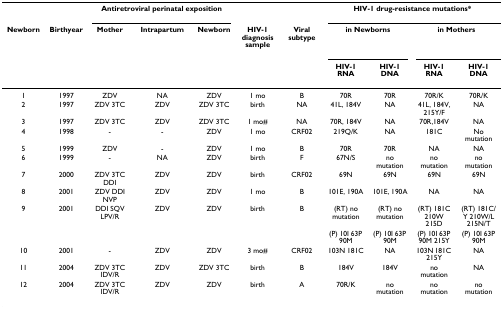
<table><thead><tr><td></td><td></td><td colspan="3"><b>Antiretroviral perinatal exposition</b></td><td></td><td></td><td colspan="4"><b>HIV-1 drug-resistance mutations*</b></td></tr><tr><td><b>Newborn</b></td><td><b>Birthyear</b></td><td><b>Mother</b></td><td><b>Intrapartum</b></td><td><b>Newborn</b></td><td><b>HIV-1 diagnosis sample</b></td><td><b>Viral subtype</b></td><td colspan="2"><b>in Newborns</b></td><td colspan="2"><b>in Mothers</b></td></tr><tr><td></td><td></td><td></td><td></td><td></td><td></td><td></td><td><b>HIV-1 RNA</b></td><td><b>HIV-1 DNA</b></td><td><b>HIV-1 RNA</b></td><td><b>HIV-1 DNA</b></td></tr></thead><tbody><tr><td>1</td><td>1997</td><td>ZDV</td><td>NA</td><td>ZDV</td><td>1 mo</td><td>B</td><td>70R</td><td>70R</td><td>70R/K</td><td>70R/K</td></tr><tr><td>2</td><td>1997</td><td>ZDV 3TC</td><td>ZDV</td><td>ZDV 3TC</td><td>birth</td><td>NA</td><td>41L, 184V</td><td>NA</td><td>41L, 184V, 215Y/F</td><td>NA</td></tr><tr><td>3</td><td>1997</td><td>ZDV 3TC</td><td>ZDV</td><td>ZDV 3TC</td><td>1 mo#</td><td>NA</td><td>70R, 184V</td><td>NA</td><td>70R,184V</td><td>NA</td></tr><tr><td>4</td><td>1998</td><td>-</td><td>-</td><td>ZDV</td><td>1 mo</td><td>CRF02</td><td>219Q/K</td><td>NA</td><td>181C</td><td>No mutation</td></tr><tr><td>5</td><td>1999</td><td>ZDV</td><td>-</td><td>ZDV</td><td>1 mo</td><td>B</td><td>70R</td><td>70R</td><td>NA</td><td>NA</td></tr><tr><td>6</td><td>1999</td><td>-</td><td>NA</td><td>ZDV</td><td>birth</td><td>F</td><td>67N/S</td><td>no mutation</td><td>no mutation</td><td>no mutation</td></tr><tr><td>7</td><td>2000</td><td>ZDV 3TC DDI</td><td>ZDV</td><td>ZDV</td><td>birth</td><td>CRF02</td><td>69N</td><td>69N</td><td>69N</td><td>69N</td></tr><tr><td>8</td><td>2001</td><td>ZDV DDI NVP</td><td>ZDV</td><td>ZDV</td><td>1 mo</td><td>B</td><td>101E, 190A</td><td>101E, 190A</td><td>NA</td><td>NA</td></tr><tr><td>9</td><td>2001</td><td>DDI SQV LPV/R</td><td>ZDV</td><td>ZDV</td><td>birth</td><td>B</td><td>(RT) no mutation</td><td>(RT) no mutation</td><td>(RT) 181C 210W 215D</td><td>(RT) 181C/Y 210W/L 215N/T</td></tr><tr><td></td><td></td><td></td><td></td><td></td><td></td><td></td><td>(P) 10I 63P 90M</td><td>(P) 10I 63P 90M</td><td>(P) 10I 63P 90M 215Y</td><td>(P) 10I 63P 90M</td></tr><tr><td>10</td><td>2001</td><td>-</td><td>ZDV</td><td>ZDV</td><td>3 mo#</td><td>CRF02</td><td>103N 181C</td><td>NA</td><td>103N 181C 215Y</td><td>NA</td></tr><tr><td>11</td><td>2004</td><td>ZDV 3TC IDV/R</td><td>ZDV</td><td>ZDV 3TC</td><td>birth</td><td>B</td><td>184V</td><td>184V</td><td>no mutation</td><td>NA</td></tr><tr><td>12</td><td>2004</td><td>ZDV 3TC IDV/R</td><td>ZDV</td><td>ZDV</td><td>birth</td><td>A</td><td>70R/K</td><td>no mutation</td><td>no mutation</td><td>no mutation</td></tr></tbody></table>